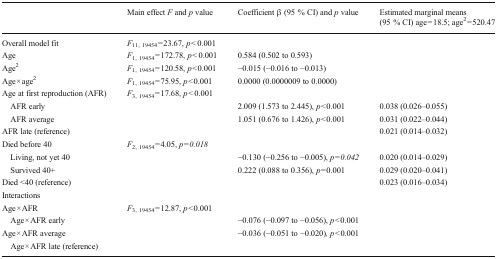
<table><thead><tr><td></td><td><b>Main effect <i>F</i> and <i>p</i> value</b></td><td><b>Coefficient β (95 % CI) and <i>p</i> value</b></td><td><b>Estimated marginal means (95 % CI) age = 18.5; age<sup>2</sup> = 520.47</b></td></tr></thead><tbody><tr><td>Overall model fit</td><td><i>F</i><sub>11, 19454</sub> = 23.67, <i>p &lt;</i> 0.001</td><td></td><td></td></tr><tr><td>Age</td><td><i>F</i><sub>1, 19454</sub> = 172.78, <i>p &lt;</i> 0.001</td><td>0.584 (0.502 to 0.593)</td><td></td></tr><tr><td>Age<sup>2</sup></td><td><i>F</i><sub>1, 19454</sub> = 120.58, <i>p</i> &lt; 0.001</td><td>−0.015 (−0.016 to −0.013)</td><td></td></tr><tr><td>Age × age<sup>2</sup></td><td><i>F</i><sub>1, 19454</sub> = 75.95, <i>p</i> &lt; 0.001</td><td>0.0000 (0.0000009 to 0.0000)</td><td></td></tr><tr><td>Age at first reproduction (AFR)</td><td><i>F</i><sub>3, 19454</sub> = 17.68, <i>p &lt;</i> 0.001</td><td></td><td></td></tr><tr><td> AFR early</td><td></td><td>2.009 (1.573 to 2.445), <i>p</i> &lt; 0.001</td><td>0.038 (0.026–0.055)</td></tr><tr><td> AFR average</td><td></td><td>1.051 (0.676 to 1.426), <i>p</i> &lt; 0.001</td><td>0.031 (0.022–0.044)</td></tr><tr><td>AFR late (reference)</td><td></td><td></td><td>0.021 (0.014–0.032)</td></tr><tr><td>Died before 40</td><td><i>F</i><sub>2, 19454</sub> = 4.05, <i>p</i> = <i>0.018</i></td><td></td><td></td></tr><tr><td> Living, not yet 40</td><td></td><td>−0.130 (−0.256 to −0.005), <i>p</i> = <i>0.042</i></td><td>0.020 (0.014–0.029)</td></tr><tr><td> Survived 40+</td><td></td><td>0.222 (0.088 to 0.356), <i>p</i> = 0.001</td><td>0.029 (0.020–0.041)</td></tr><tr><td>Died &lt;40 (reference)</td><td></td><td></td><td>0.023 (0.016–0.034)</td></tr><tr><td colspan="4">Interactions</td></tr><tr><td>Age × AFR</td><td><i>F</i><sub>3, 19454</sub> = 12.87, <i>p</i> &lt; 0.001</td><td></td><td></td></tr><tr><td> Age × AFR early</td><td></td><td>−0.076 (−0.097 to −0.056), <i>p</i> &lt; 0.001</td><td></td></tr><tr><td>Age × AFR average</td><td></td><td>−0.036 (−0.051 to −0.020)<i>, p</i> &lt; 0.001</td><td></td></tr><tr><td> Age × AFR late (reference)</td><td></td><td></td><td></td></tr></tbody></table>